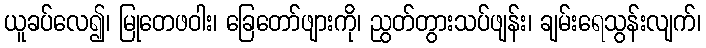
ယူခပ်လေ၍၊ မြုတေဖဝါး၊ ခြေတော်ဖျားကို၊ ညွတ်တွားသပ်ဖျန်း၊ ချမ်းရေသွန်းလျက်၊